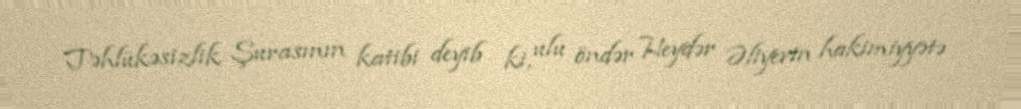
Təhlükəsizlik Şurasının katibi deyib ki, ulu öndər Heydər Əliyevin hakimiyyətə